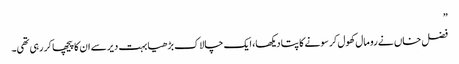
”
فضل خاں نے رومال کھول کر سونے کا پتا دیکھا، ایک چالاک بڑھیا بہت دیر سے ان کا پیچھا کر رہی تھی۔